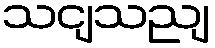
သငျသညျ